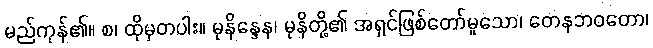
မည်ကုန်၏။ စ၊ ထိုမှတပါး။ မုနိန္ဒေန၊ မုနိတို့၏ အရှင်ဖြစ်တော်မူသော၊ တေနဘဝတော၊